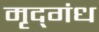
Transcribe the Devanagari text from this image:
मृद्‌गंध